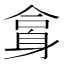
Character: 𨈿